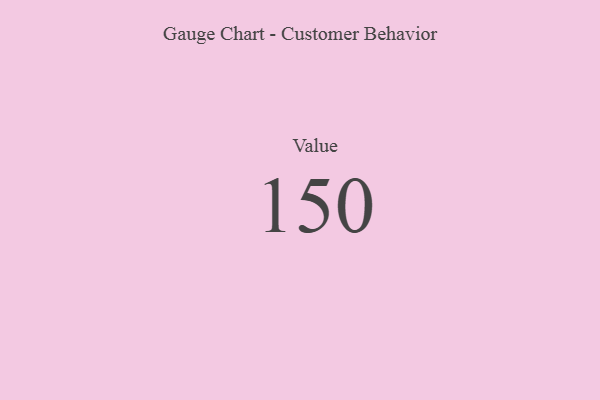
{"axis": {"x": "Metric", "y": "Value"}, "legend": [""], "data": [{"x": "Value", "y": 150, "type": ""}]}